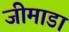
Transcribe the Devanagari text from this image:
जीमाडा